Eesti_Vabariigi_Tartu_Ulikool, lk 22
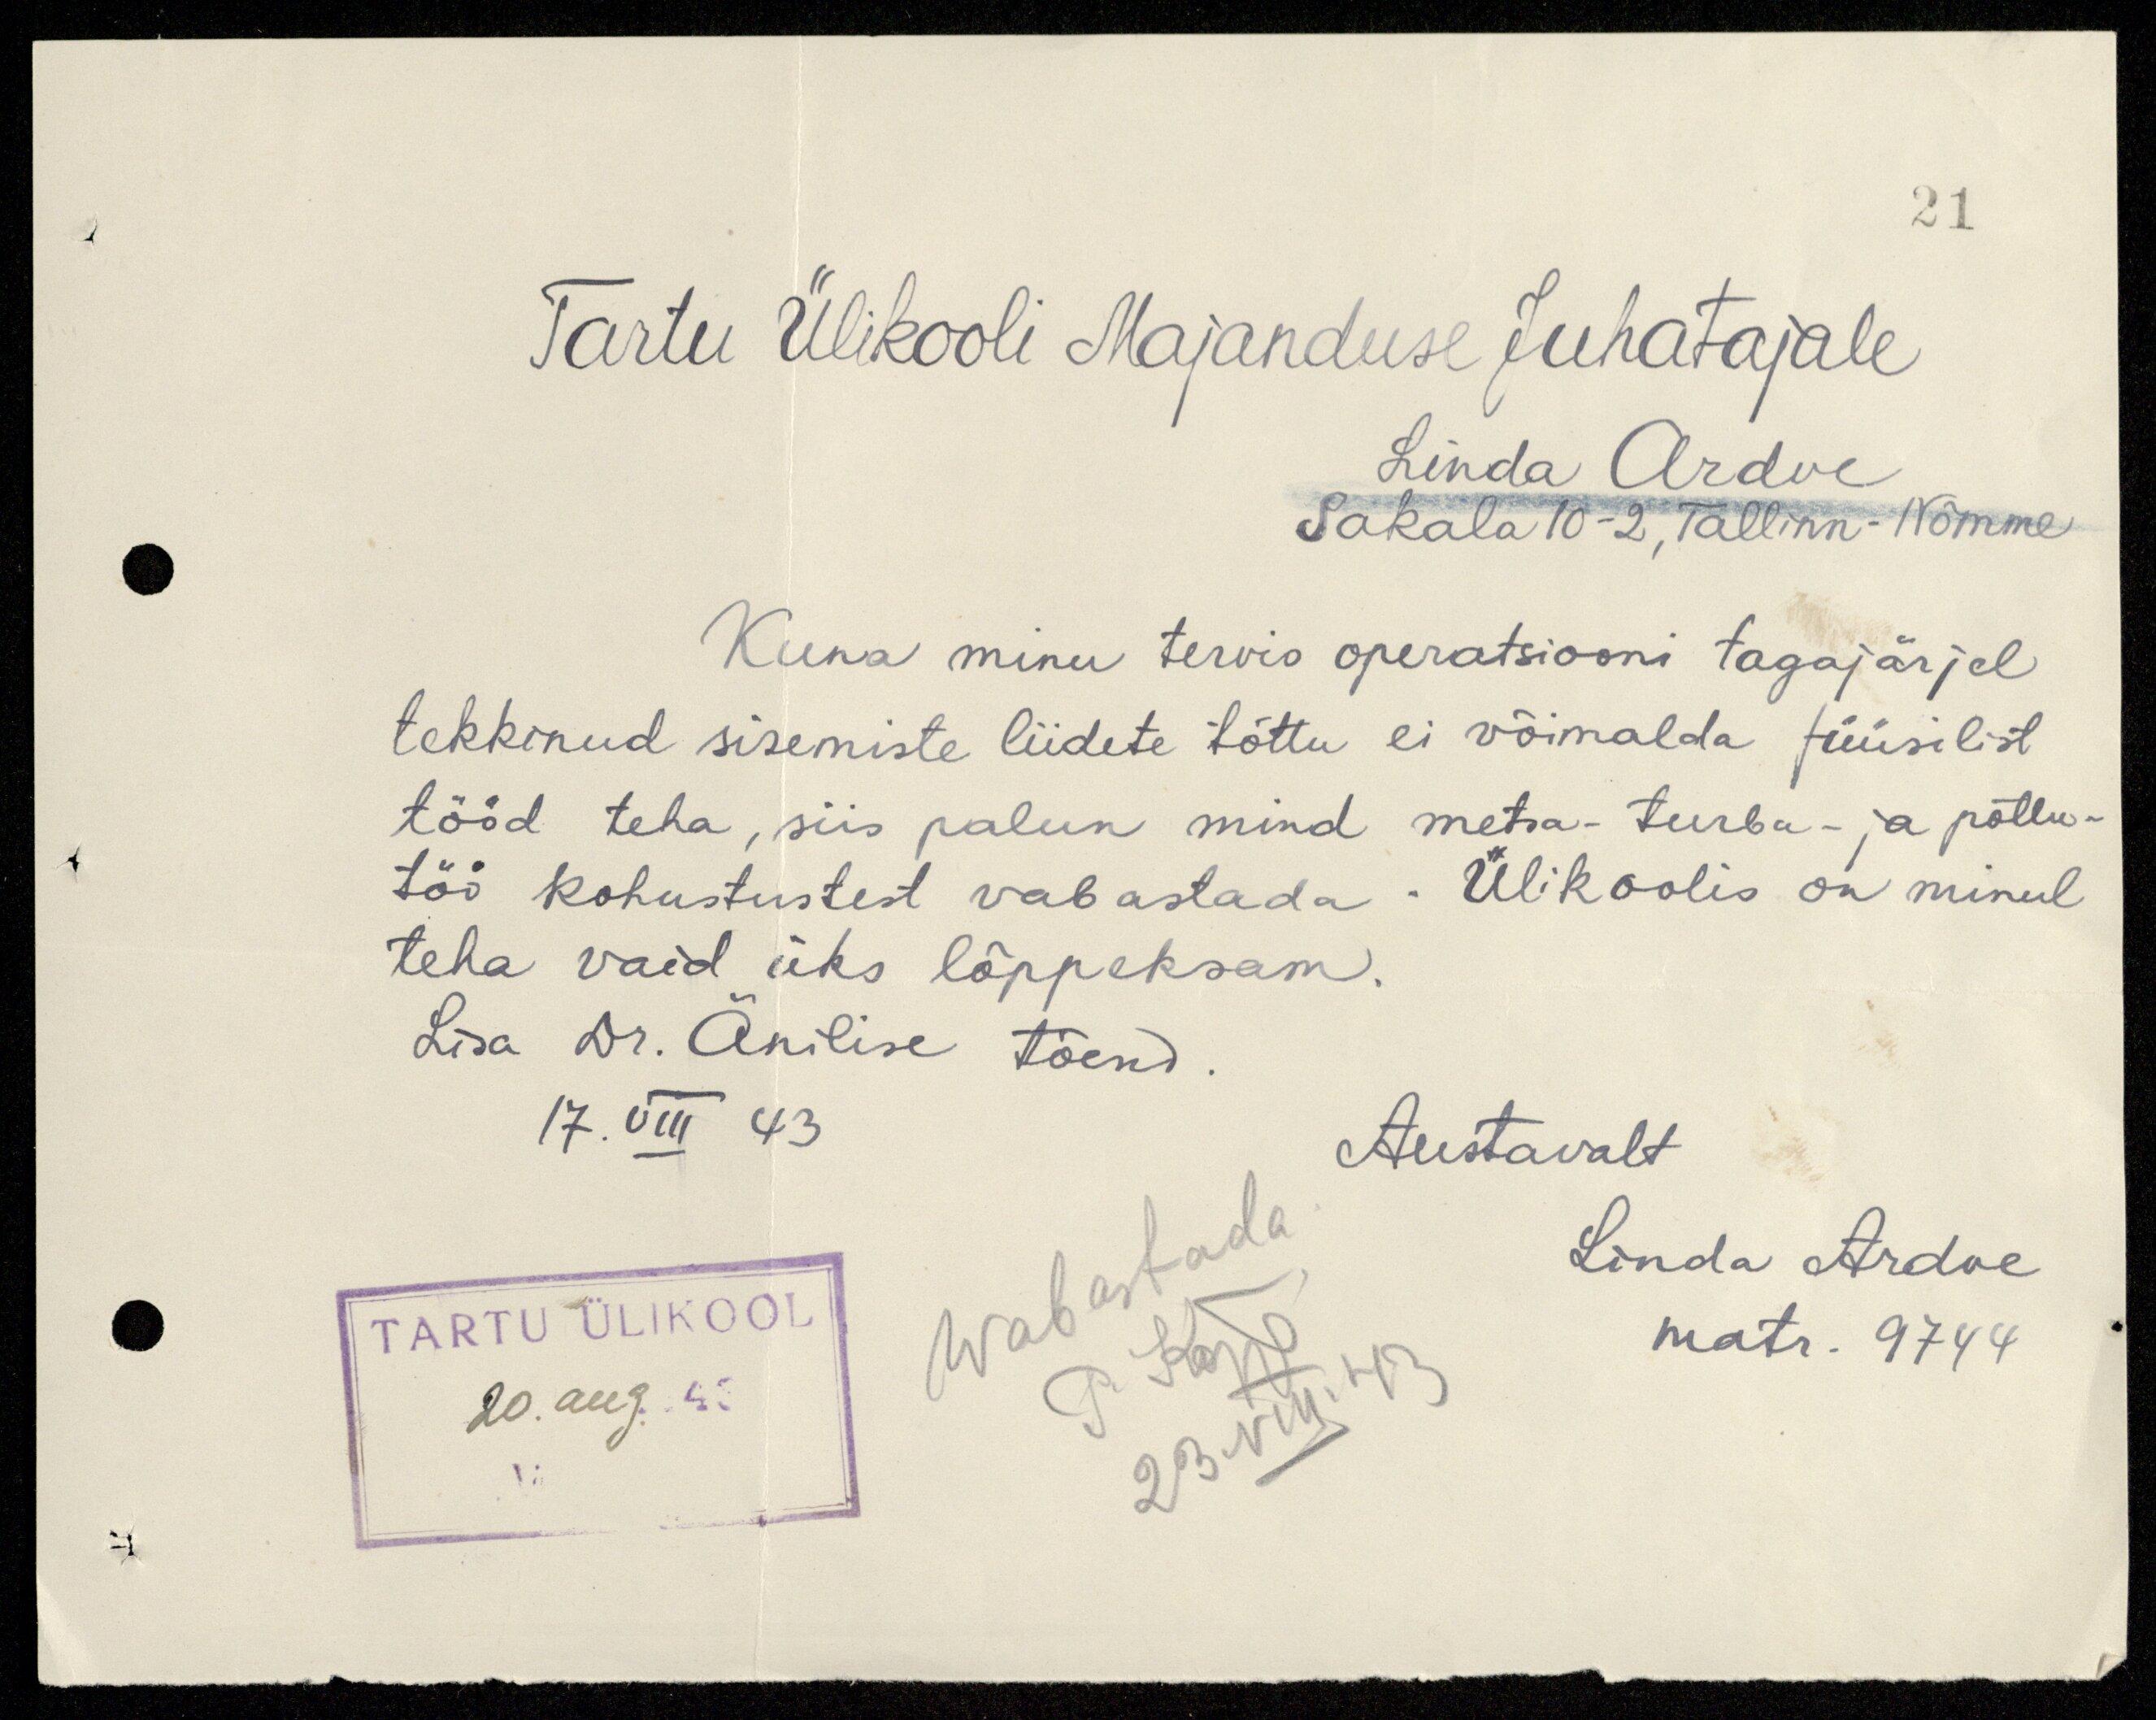
21
Tartu Ülikooli Majanduse Juhatajale
Linda Ardve
Sakala 10-2, Tallinn-Nõmme
Kuna minu tervis operatsiooni tagajärjel
tekkinud sisemiste liidete tõttu ei võimalda füüsilist
tööd teha, siis palun mind metsa- turba- ja põllu-
töö kohustustest vabastada. Ülikoolis on minul
teha vaid üks lõppeksam.
Lisa Dr. Änilise tõend.
17. VIII 43
Austavalt
Linda Ardve
matr. 9744
Wabastada
P. Kõpp
23. VIII. 43
TARTU ÜLIkOOL
20. aug. 43